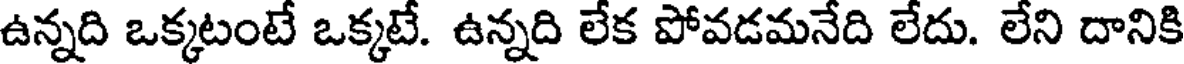
ఉన్నది ఒక్కటంటే ఒక్కటే. ఉన్నది లేక పోవడమనేది లేదు. లేని దానికి